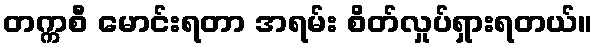
တက္ကစီ မောင်းရတာ အရမ်း စိတ်လှုပ်ရှားရတယ်။